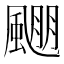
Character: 𱃅